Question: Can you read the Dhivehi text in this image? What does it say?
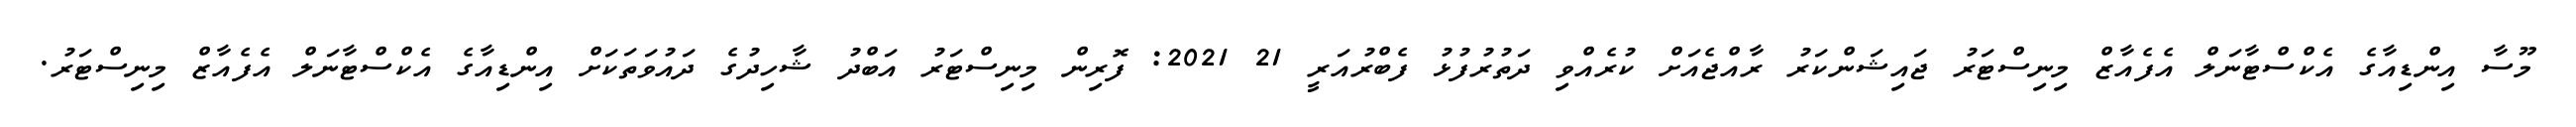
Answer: މޫސާ އިންޑިއާގެ އެކްސްޓާނަލް އެފެއާޒް މިނިސްޓަރު ޖައިޝަންކަރު ރާއްޖެއަށް ކުރެއްވި ދަތުރުފުޅު ފެބްރުއަރީ 21 2021: ފޮރިން މިނިސްޓަރު އަބްދު ޝާހިދުގެ ދައުވަތަކަށް އިންޑިއާގެ އެކްސްޓާނަލް އެފެއާޒް މިނިސްޓަރު.